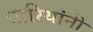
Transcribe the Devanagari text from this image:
धारियांनी